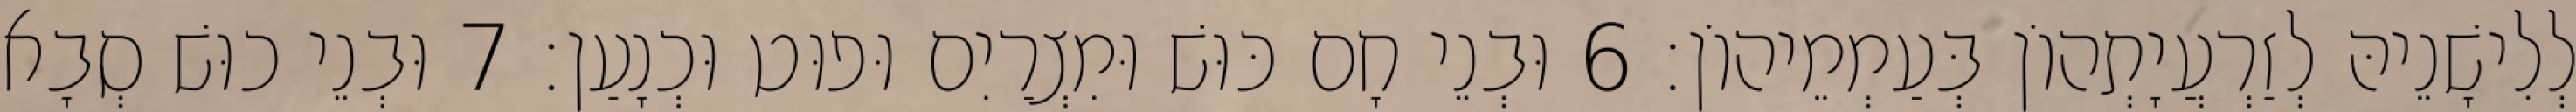
לְלִישָׁנֵיהּ לְזַרְעֲיָתְהוֹן בְּעַמְמֵיהוֹן׃ 6 וּבְנֵי חָם כּוּשׁ וּמִצְרַיִם וּפוּט וּכְנָעַן׃ 7 וּבְנֵי כוּשׁ סְבָא